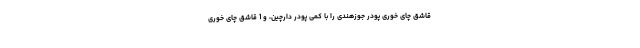
قاشق چای خوری پودر جوزهندی را با کمی پودر دارچین، و 1 قاشق چای خوری